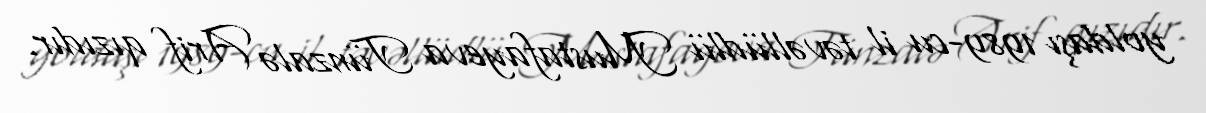
yoldaşı 1989-cu il təvəllüdlü Mustafayeva Tünzalə Arif qızıdır.